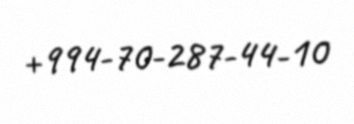
+994-70-287-44-10